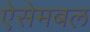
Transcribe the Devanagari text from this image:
ऐसेमबल